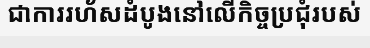
ជាការរហ័សដំបូងនៅលើកិច្ចប្រជុំរបស់